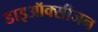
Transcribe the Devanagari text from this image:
डाइऑक्सीजन